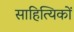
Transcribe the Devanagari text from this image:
साहित्‍यिकों